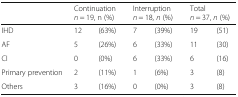
<table><thead><tr><td></td><td colspan="2"><b>Continuation<i>n</i> = 19, n (%)</b></td><td colspan="2"><b>Interruption<i>n</i> = 18, <i>n</i> (%)</b></td><td colspan="2"><b>Total<i>n</i> = 37, <i>n</i> (%)</b></td></tr></thead><tbody><tr><td>IHD</td><td>12</td><td>(63%)</td><td>7</td><td>(39%)</td><td>19</td><td>(51)</td></tr><tr><td>AF</td><td>5</td><td>(26%)</td><td>6</td><td>(33%)</td><td>11</td><td>(30)</td></tr><tr><td>CI</td><td>0</td><td>(0%)</td><td>6</td><td>(33%)</td><td>6</td><td>(16)</td></tr><tr><td>Primary prevention</td><td>2</td><td>(11%)</td><td>1</td><td>(6%)</td><td>3</td><td>(8)</td></tr><tr><td>Others</td><td>3</td><td>(16%)</td><td>0</td><td>(0%)</td><td>3</td><td>(8)</td></tr></tbody></table>